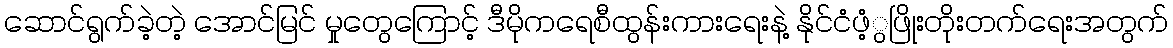
ဆောင်ရွက်ခဲ့တဲ့ အောင်မြင် မှုတွေကြောင့် ဒီမိုကရေစီထွန်းကားရေးနဲ့ နိုင်ငံဖံ့ွဖြိုးတိုးတက်ရေးအတွက်